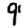
Digit: 9